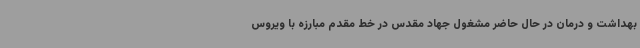
بهداشت و درمان در حال حاضر مشغول جهاد مقدس در خط مقدم مبارزه با ویروس